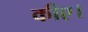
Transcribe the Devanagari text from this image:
कीए।